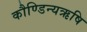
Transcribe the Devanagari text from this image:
कौण्डिन्यऋषि